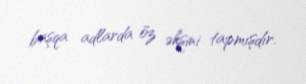
başqa adlarda öz əksini tapmışdır.